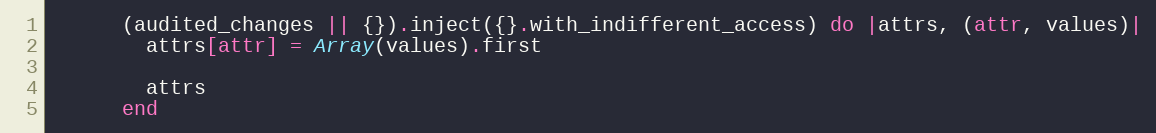
Language: Ruby
      (audited_changes || {}).inject({}.with_indifferent_access) do |attrs, (attr, values)|
        attrs[attr] = Array(values).first

        attrs
      end